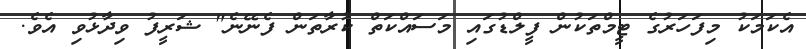
އެކަމަކު މިފަހަރުގެ ޓީމްތަކުން ފީލްޑުގައި މަސައްކަތް ކުރާތަން ފެނޭނެ" ޝަރީފު ވިދާޅުވި އެވެ.